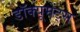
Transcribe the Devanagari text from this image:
डॉक्यूमेंट्स